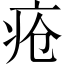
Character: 疮